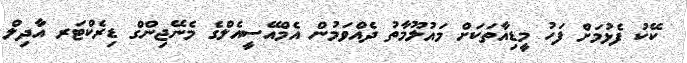
ކޭކު ފެޅުމަށް ފަހު މީޑިއާތަކަށް މައުލޫމާތު ދެއްވަމުން އެމްއޭސީއެލްގެ މެނޭޖިންގް ޑިރެކްޓަރ އާދިލް